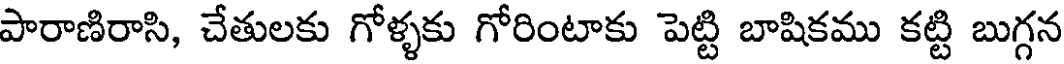
పారాణిరాసి, చేతులకు గోళ్ళకు గోరింటాకు పెట్టి బాషికము కట్టి బుగ్గన